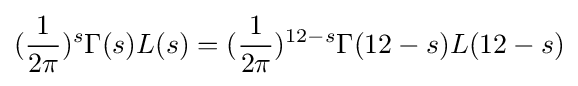
({\frac {1}{2\pi }})^{s}\Gamma (s)L(s)=({\frac {1}{2\pi }})^{12-s}\Gamma (12-s)L(12-s)